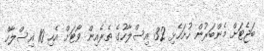
ބަޖެޓަށް މެންބަރުން ހުށަހެޅި 32 އިސްލާހުގެ ތެރެއިން ވޯޓަށް އެހި 10 އިސްލާހް